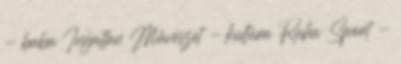
- baba Ingatlan Művészet - kultúra Ruha Sport -